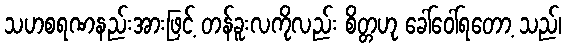
သဟစရဏနည်းအားဖြင့် တန်ခူးလကိုလည်း စိတ္တဟု ခေါ်ဝေါ်ရတော့ သည်၊